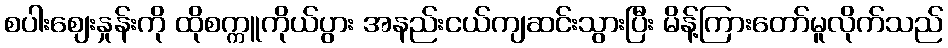
စပါးဈေးနှုန်းကို ထိုစက္ကူကိုယ်ပွား အနည်းငယ်ကျဆင်းသွားပြီး မိန့်ကြားတော်မူလိုက်သည်